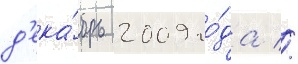
д'ека́брь 2009 го́да //